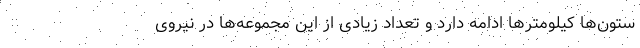
ستون‌ها کیلومتر‌ها ادامه دارد و تعداد زیادی از این مجموعه‌ها در نیروی